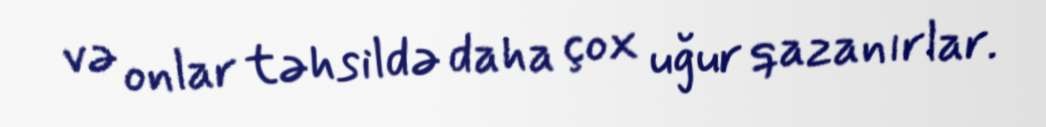
və onlar təhsildə daha çox uğur qazanırlar.